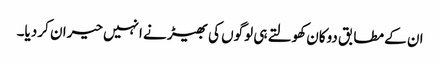
ان کے مطابق دوکان کھولتے ہی لوگوں کی بھیڑ نے انہیں حیران کر دیا۔